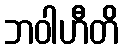
ဘဝါဟီတိ